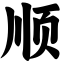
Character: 顺